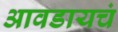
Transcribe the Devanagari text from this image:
आवडायचं